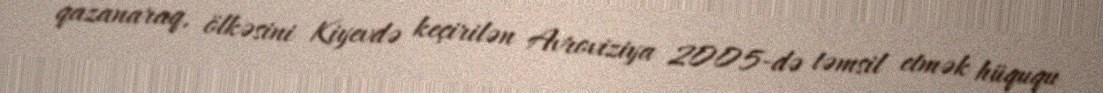
qazanaraq, ölkəsini Kiyevdə keçirilən Avroviziya 2005-də təmsil etmək hüququ